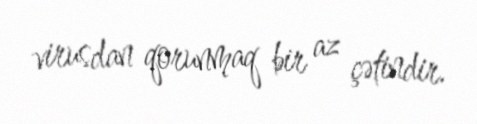
virusdan qorunmaq bir az çətindir.